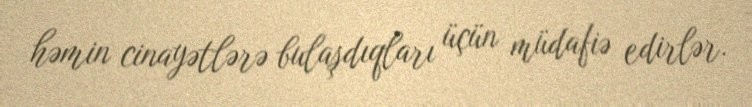
həmin cinayətlərə bulaşdıqları üçün müdafiə edirlər.